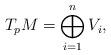
LaTeX: \begin{align*}T_pM = \bigoplus_{i=1}^n V_i,\end{align*}